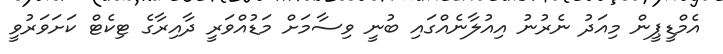
އެމްޑީޕީން މިއަދު ނެރުނު އިއުލާނެއްގައި ބުނީ ވިސާމަށް މަޑުއްވަރީ ދާއިރާގެ ޓިކެޓް ކަށަވަރުވީ